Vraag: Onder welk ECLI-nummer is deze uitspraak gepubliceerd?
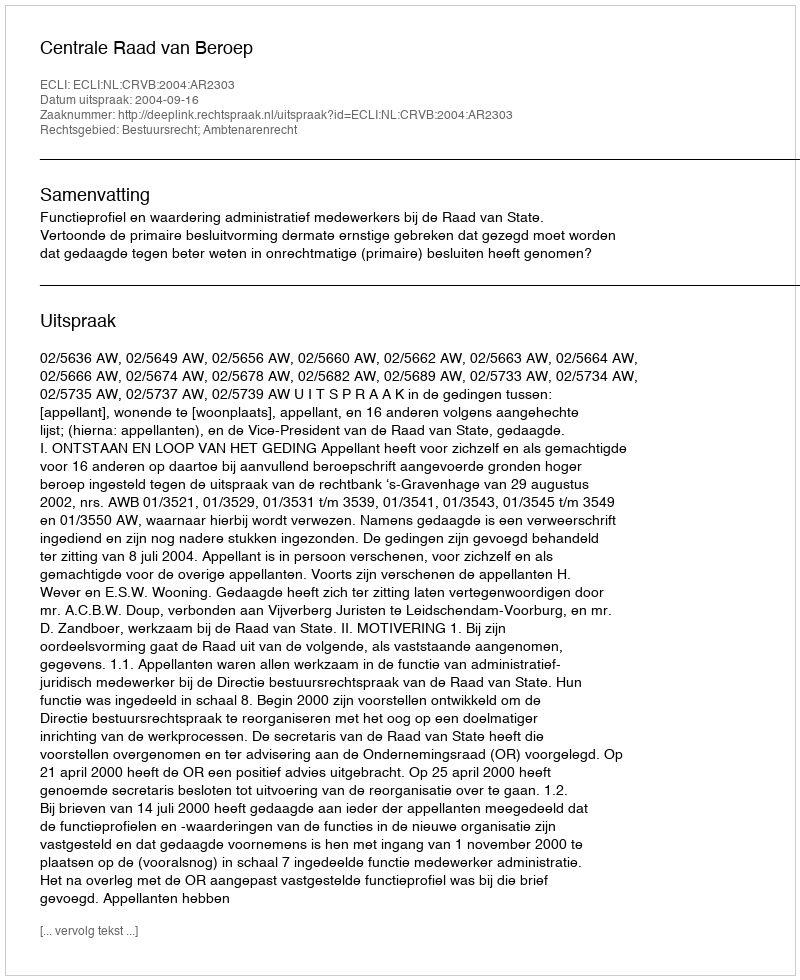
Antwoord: ECLI:NL:CRVB:2004:AR2303